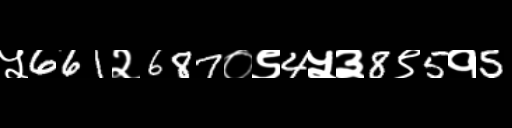
Text: ५661२687०९4५३8९5१5